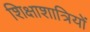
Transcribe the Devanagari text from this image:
शिक्षाशात्रियों